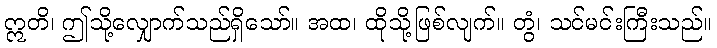
ဣတိ၊ ဤသို့လျှောက်သည်ရှိသော်။ အထ၊ ထိုသို့ဖြစ်လျက်။ တွံ၊ သင်မင်းကြီးသည်။